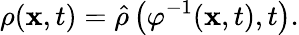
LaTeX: \rho(\mathbf{x},t)=\hat{\rho}\left(\varphi^{-1}(\mathbf{x},t),t\right).